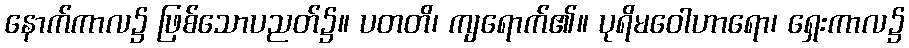
နောက်ကာလ၌ ဖြစ်သောပညတ်၌။ ပတတိ၊ ကျရောက်၏။ ပုရိမဝေါဟာရော၊ ရှေးကာလ၌